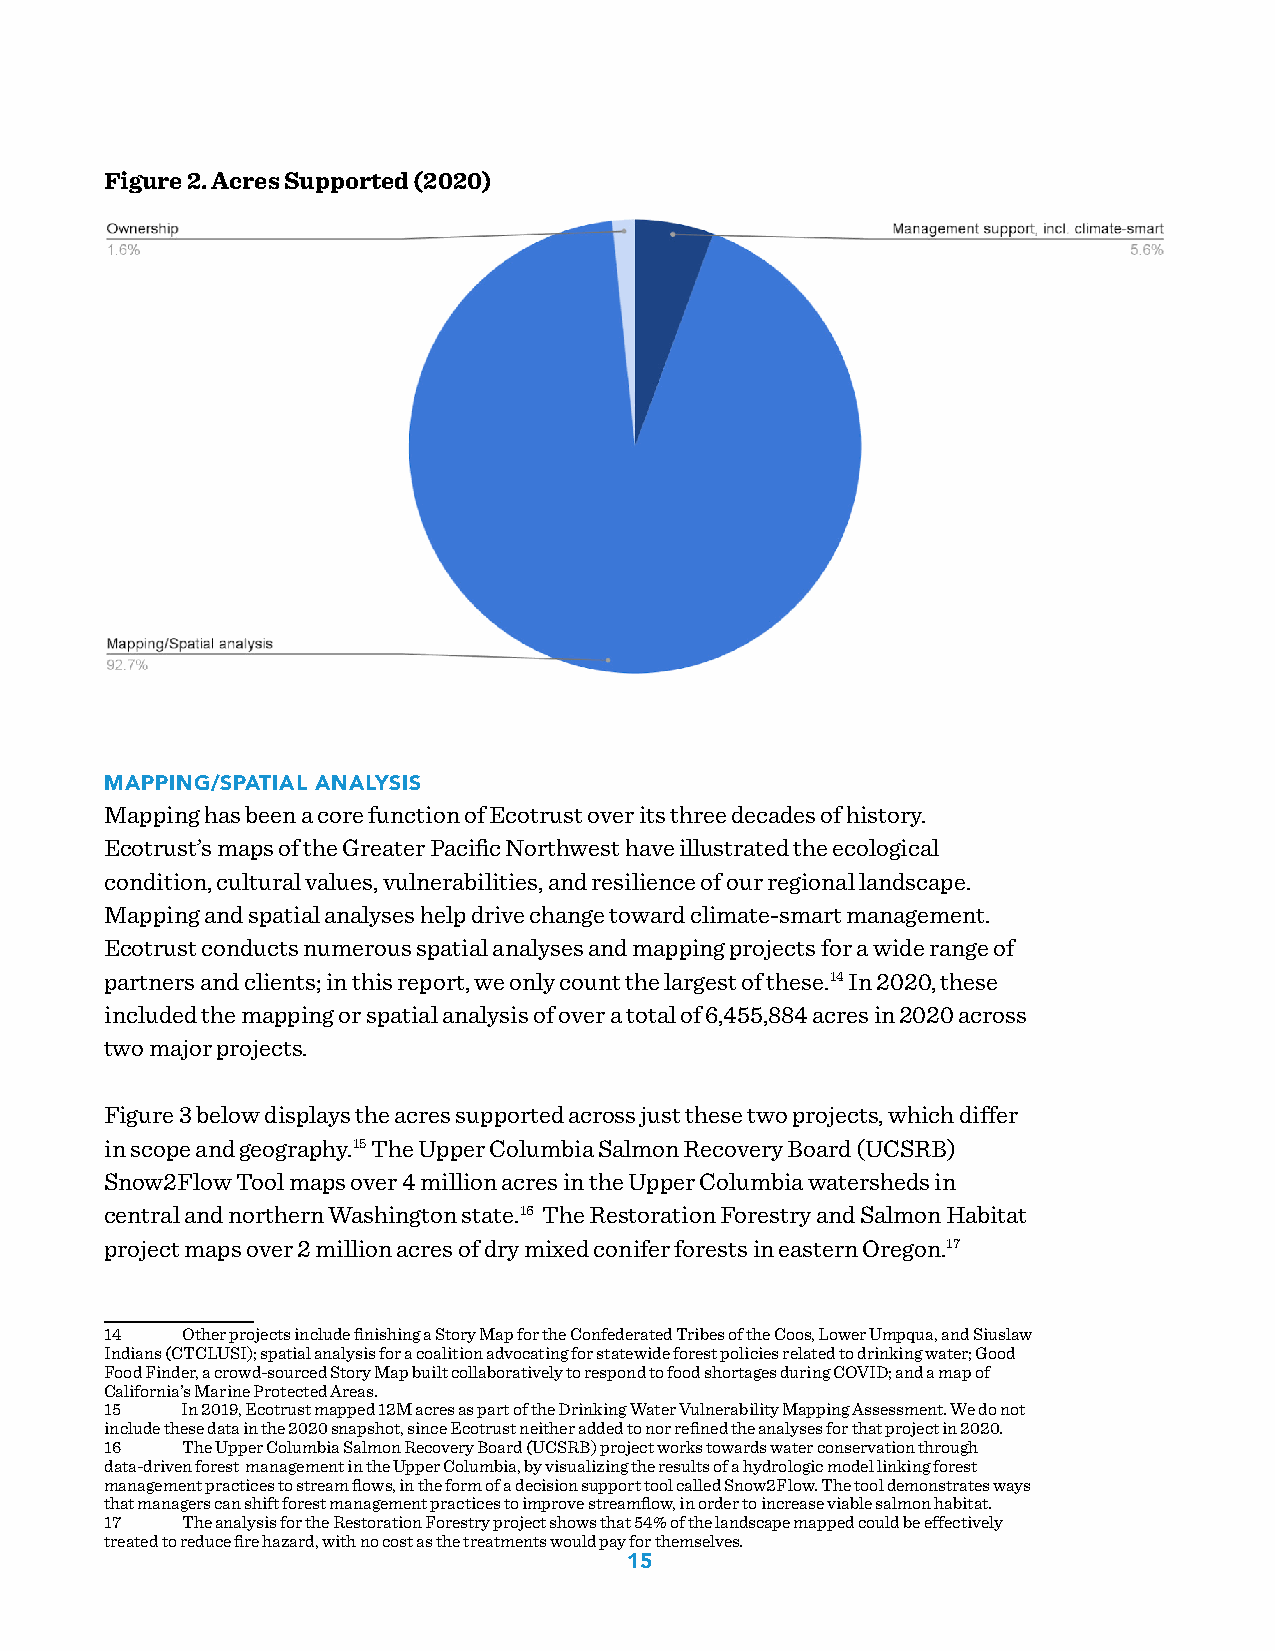
Figure 2. Acres Supported (2020)
 MAPPING/SPATIAL ANALYSIS
 Mapping has been a core function of Ecotrust over its three decades of history.
 Ecotrust’s maps of the Greater Pacific Northwest have illustrated the ecological
 condition, cultural values, vulnerabilities, and resilience of our regional landscape.
 Mapping and spatial analyses help drive change toward climate-smart management.
 Ecotrust conducts numerous spatial analyses and mapping projects for a wide range of
 partners and clients; in this report, we only count the largest of these.14 In 2020, these
 included the mapping or spatial analysis of over a total of 6,455,884 acres in 2020 across
 two major projects.
 Figure 3 below displays the acres supported across just these two projects, which differ
 in scope and geography.15 The Upper Columbia Salmon Recovery Board (UCSRB)
 Snow2Flow Tool maps over 4 million acres in the Upper Columbia watersheds in
 central and northern Washington state.16 The Restoration Forestry and Salmon Habitat
 project maps over 2 million acres of dry mixed conifer forests in eastern Oregon.17
 14   Other projects include finishing a Story Map for the Confederated Tribes of the Coos, Lower Umpqua, and Siuslaw
 Indians (CTCLUSI); spatial analysis for a coalition advocating for statewide forest policies related to drinking water; Good
 Food Finder, a crowd-sourced Story Map built collaboratively to respond to food shortages during COVID; and a map of
 California’s Marine Protected Areas.
 15   In 2019, Ecotrust mapped 12M acres as part of the Drinking Water Vulnerability Mapping Assessment. We do not
 include these data in the 2020 snapshot, since Ecotrust neither added to nor refined the analyses for that project in 2020.
 16   The Upper Columbia Salmon Recovery Board (UCSRB) project works towards water conservation through
 data-driven forest management in the Upper Columbia, by visualizing the results of a hydrologic model linking forest
 management practices to stream flows, in the form of a decision support tool called Snow2Flow. The tool demonstrates ways
 that managers can shift forest management practices to improve streamflow, in order to increase viable salmon habitat.
 17   The analysis for the Restoration Forestry project shows that 54% of the landscape mapped could be effectively
 treated to reduce fire hazard, with no cost as the treatments would pay for themselves.
 15